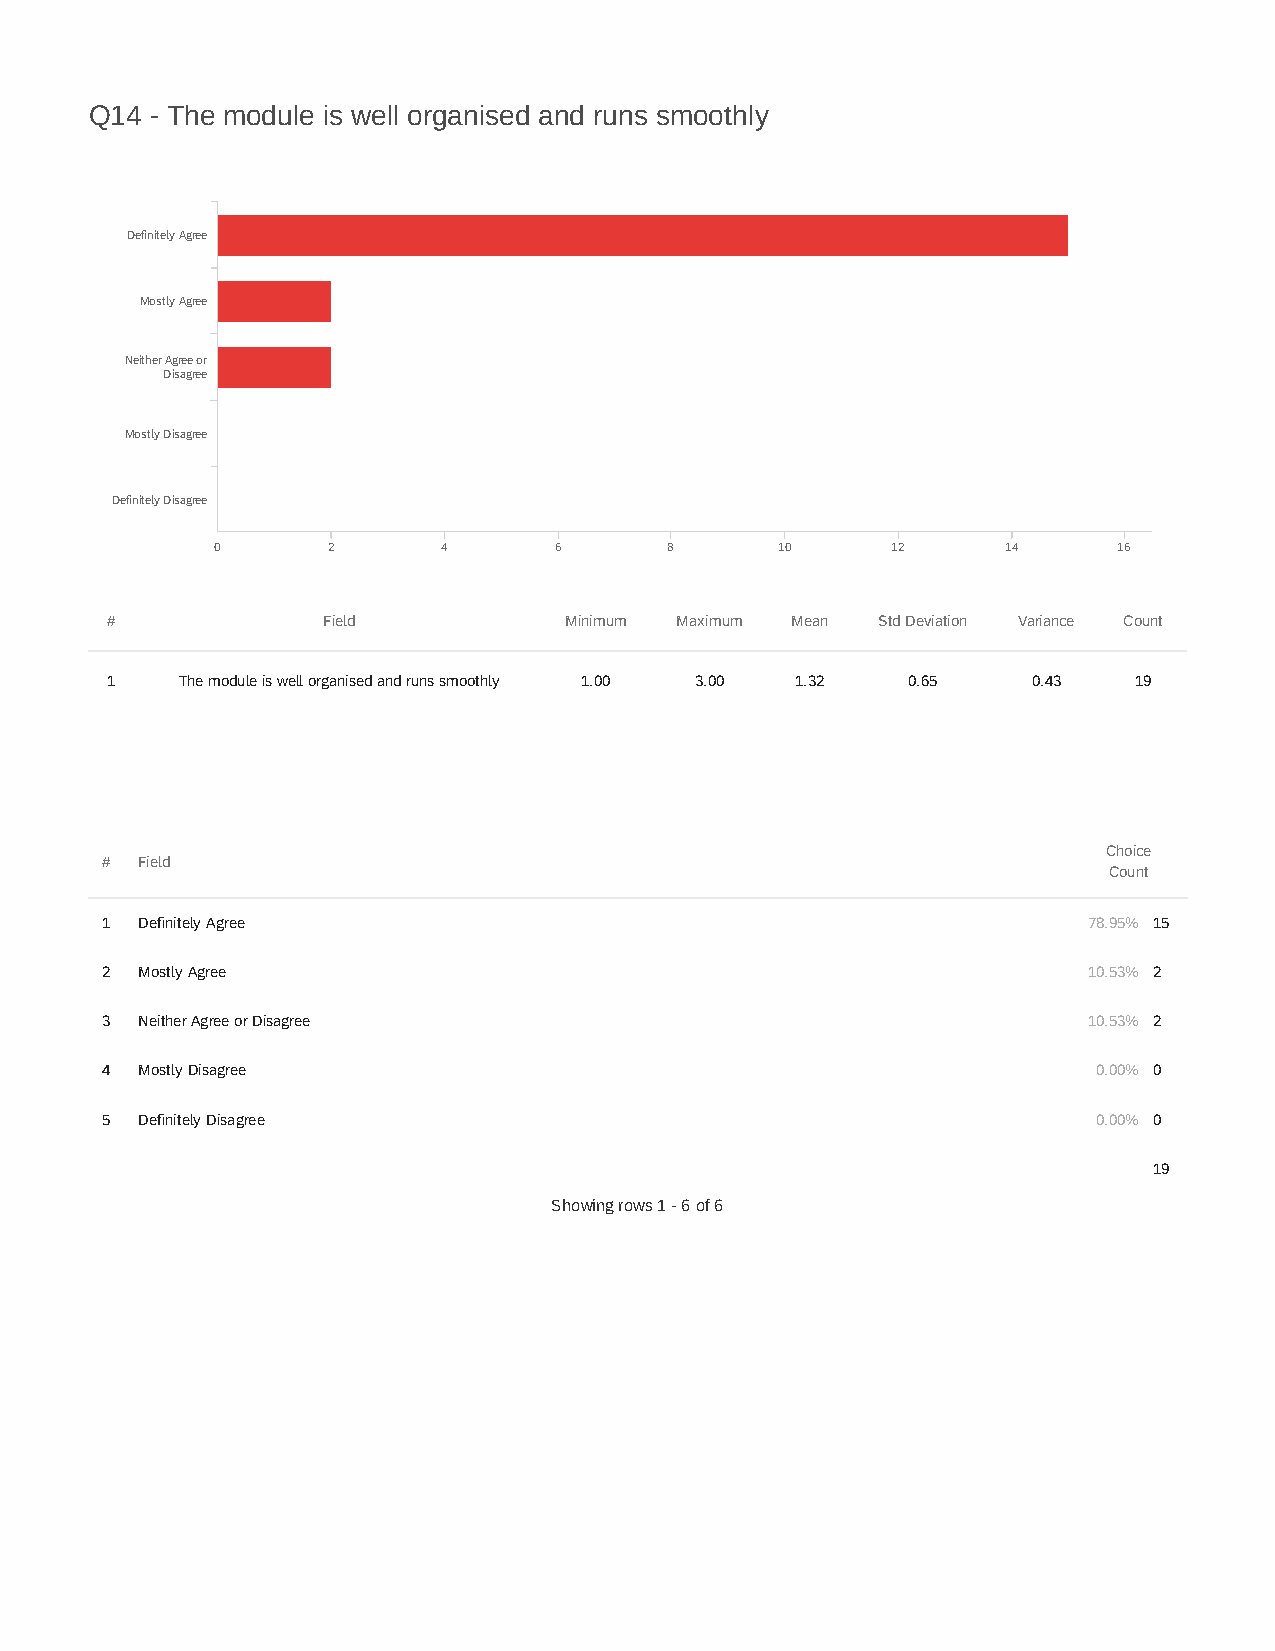
Q14 - The module is well organised and runs smoothly
 Definitely Agree
 Mostly Agree
 Neither Agree or
 Disagree
 Mostly Disagree
 Definitely Disagree
 0       2      4       6      8      10      12      14     16
 #             Field           Minimum Maximum Mean Std Deviation Variance Count
 1    The module is well organised and runs smoothly 1.00 3.00 1.32 0.65 0.43 19
 Choice
 # Field
 Count
 1 Definitely Agree                                               78.95% 15
 2 Mostly Agree                                                   10.53% 2
 3 Neither Agree or Disagree                                      10.53% 2
 4 Mostly Disagree                                                 0.00% 0
 5 Definitely Disagree                                             0.00% 0
 19
 Showing rows 1 - 6 of 6